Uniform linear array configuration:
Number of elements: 24
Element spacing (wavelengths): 1
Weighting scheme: hann
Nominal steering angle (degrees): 0
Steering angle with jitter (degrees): -0.8962
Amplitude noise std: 0.05
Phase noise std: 0.05

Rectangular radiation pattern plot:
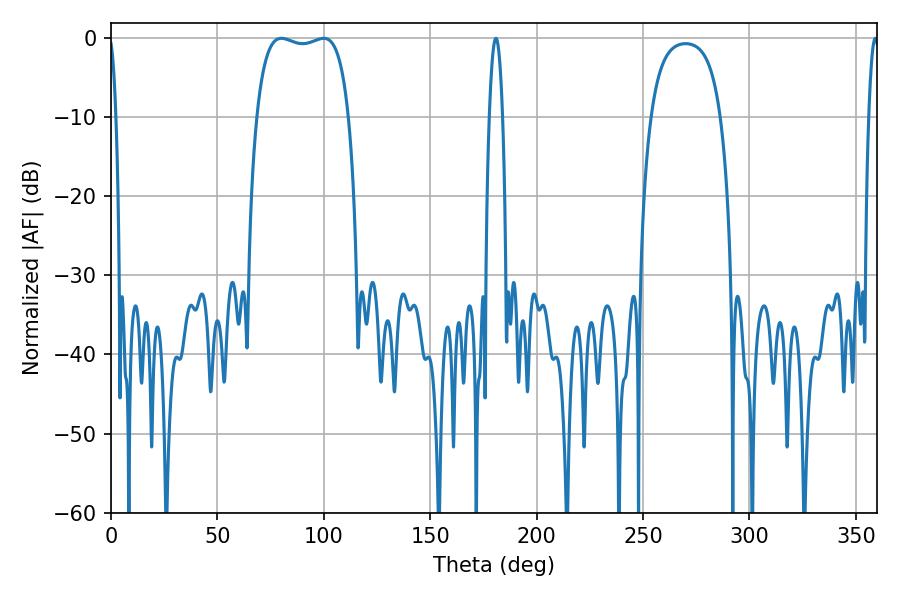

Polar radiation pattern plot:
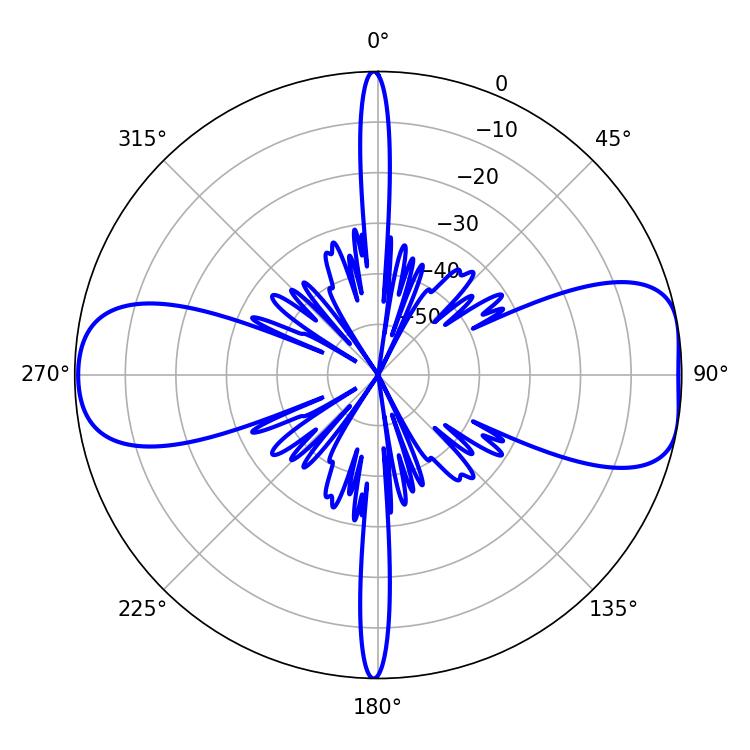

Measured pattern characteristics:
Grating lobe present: TRUE
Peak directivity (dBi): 9.188
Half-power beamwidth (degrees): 34.92
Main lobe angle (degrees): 80.1